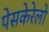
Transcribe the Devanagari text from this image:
पेसकेरेलो